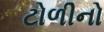
ટોળીનો